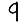
Digit: 9